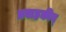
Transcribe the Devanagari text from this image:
प्रवाहकीय्